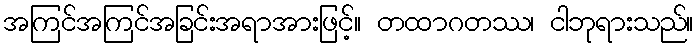
အကြင်အကြင်အခြင်းအရာအားဖြင့်။ တထာဂတဿ၊ ငါဘုရားသည်။